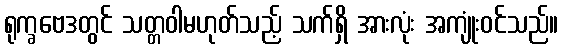
ရုက္ခဗေဒတွင် သတ္တဝါမဟုတ်သည့် သက်ရှိ အားလုံး အကျုံးဝင်သည်။